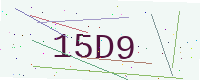
Text: 15D9